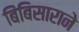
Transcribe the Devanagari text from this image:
बिंबिसाराने